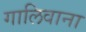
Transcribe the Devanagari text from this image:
गालिवाना